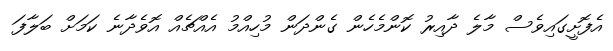
އެފޮށީގައިވެސް މާލެ ދާއިރު ކޮންމެހެން ގެންދަން މުހިއްމު އެއްޗެއް އޮވެދާނެ ކަމަށް ބަލާފަ